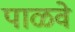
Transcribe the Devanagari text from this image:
पाळवे